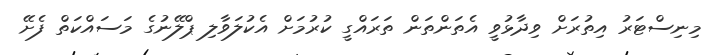
މިނިސްޓަރު އިތުރަށް ވިދާޅުވީ އެތަންތަން ތަރައްގީ ކުރުމަށް އެކުލަވާލި ޕްލޭނުގެ މަސައްކަތް ފެށޭ